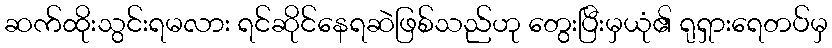
ဆက်ထိုးသွင်းရမလား ရင်ဆိုင်နေရဆဲဖြစ်သည်ဟု တွေးပြီးမှယုံ၏ ရုရှားရေတပ်မှ